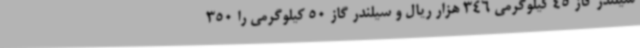
سیلندر گاز 45 کیلوگرمی 346 هزار ریال و سیلندر گاز 50 کیلوگرمی را 350